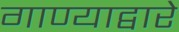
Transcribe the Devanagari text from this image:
गाण्याद्वारे